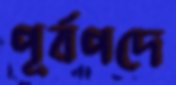
পূর্বপদে